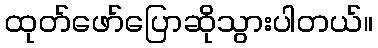
ထုတ်ဖော်ပြောဆိုသွားပါတယ်။